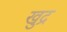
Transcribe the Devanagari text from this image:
खुद्र